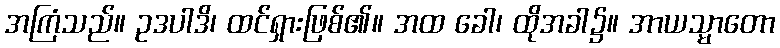
အကြံသည်။ ဥဒပါဒိ၊ ထင်ရှားဖြစ်၏။ အထ ခေါ၊ ထိုအခါ၌။ အာယသ္မာတော